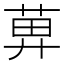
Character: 𦱓